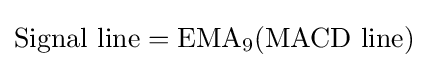
{\text{Signal line}}={\text{EMA}}_{9}({\text{MACD line}})